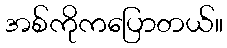
အစ်ကိုကပြောတယ်။